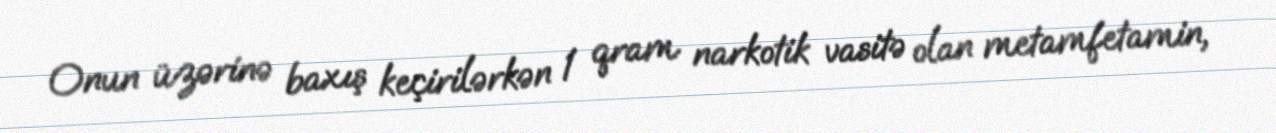
Onun üzərinə baxış keçirilərkən 1 qram narkotik vasitə olan metamfetamin,